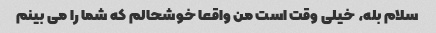
سلام بله، خیلی وقت است من واقعا خوشحالم که شما را می بینم